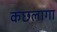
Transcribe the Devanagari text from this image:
कछलागा